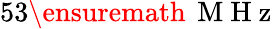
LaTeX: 53\ensuremath{\, \mathrm{~M~H~z~}}